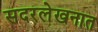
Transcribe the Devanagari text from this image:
सदरलेखनात